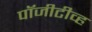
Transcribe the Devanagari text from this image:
पॉजीटीव्ह